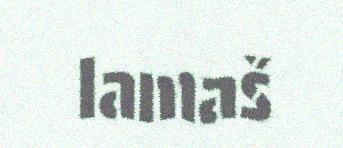
lamaš